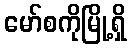
မော်စကိုမြို့ရှိ